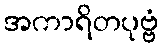
အကာရိတပုဗ္ဗံ